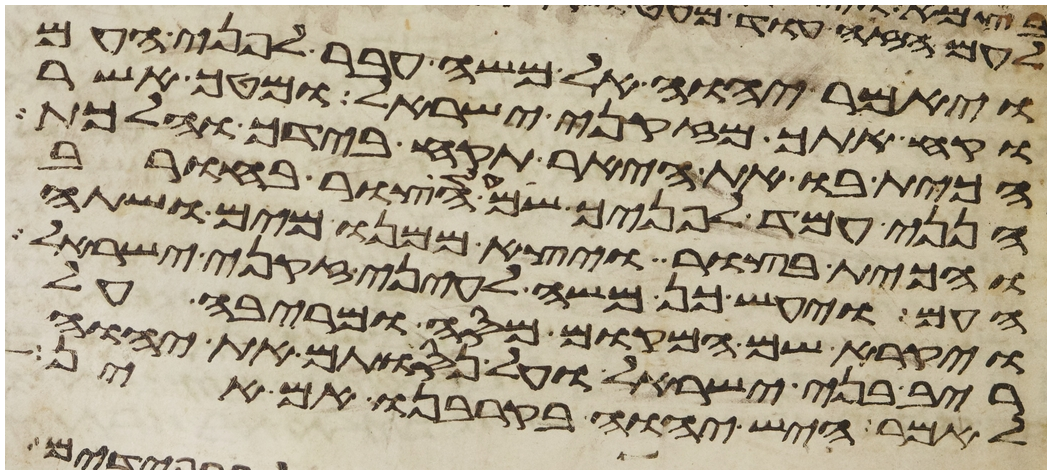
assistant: ויאמר יהוה אל משה עבר לפני העם
וקח אתך מזקני ישראל ומטך אשר
הכית בו את היאר תקח בידך והלכת
הנני עמד לפניך שם על הצור בחורב
והכית בצור ויצא ממנו מים ושתה
העם ויעש כן משה לעיני זקני ישראל
ויקרא שם המקום מסה ומריבה על
ריב בני ישראל ועל נסותם את יהוה
לאמר היש יהוה בקרבנו אם אין